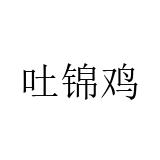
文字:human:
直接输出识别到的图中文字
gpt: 吐锦鸡